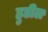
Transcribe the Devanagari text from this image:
हुडील